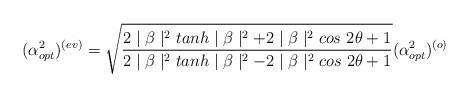
\begin{align*}(\alpha_{opt}^{2})^{(ev)}=\sqrt{\frac{ 2\mid \beta \mid^{2}tanh \mid \beta \mid^{2}+2\mid \beta \mid^{2}cos~2\theta+1}{ 2\mid \beta \mid^{2}tanh \mid \beta \mid^{2}-2\mid \beta \mid^{2}cos~2\theta+1}}(\alpha_{opt}^{2})^{(o)}\\\end{align*}